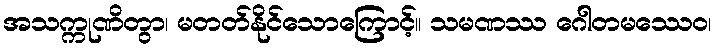
အသက္ကုဏိတွာ၊ မတတ်နိုင်သောကြောင့်။ သမဏဿ ဂေါတမဿေဝ၊